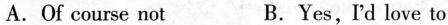
A.Of course not B.Yes,I'd love to